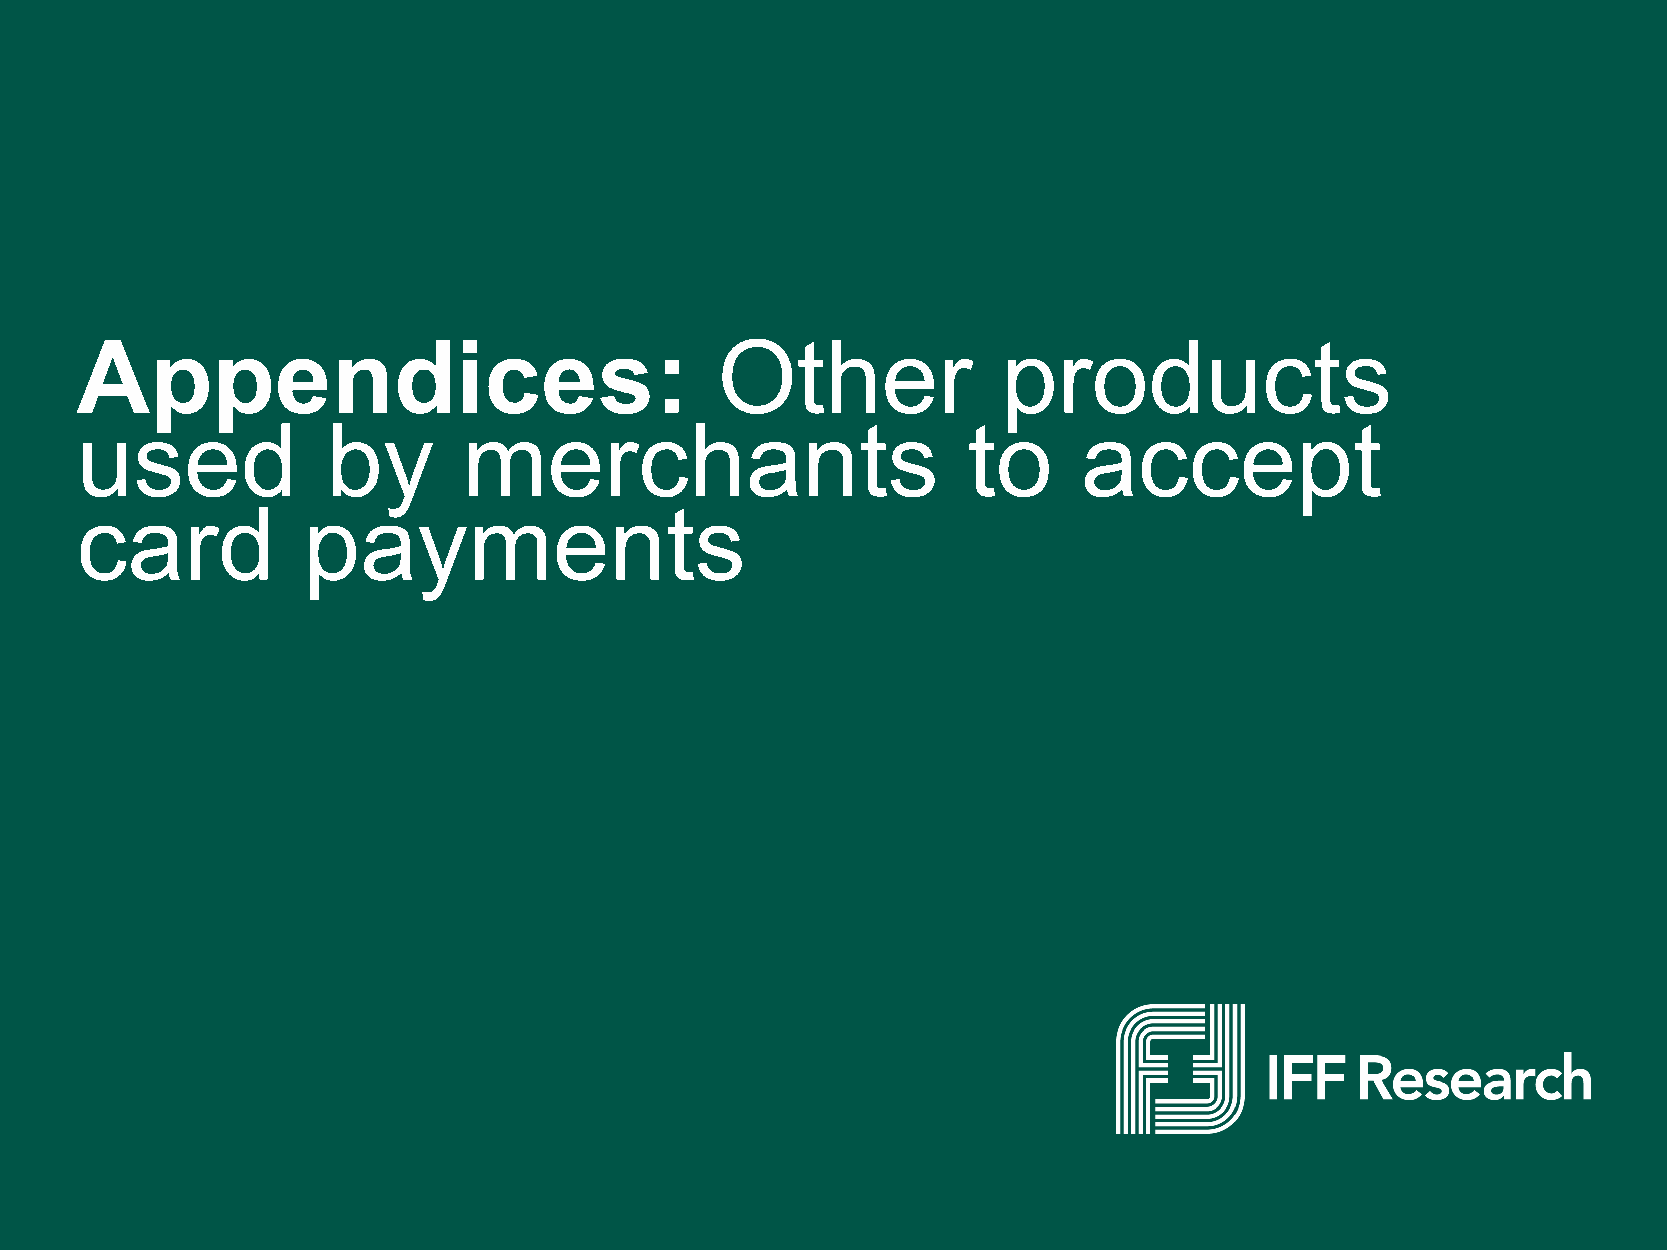
Appendices:                               Other              products
 used             by       merchants                        to      accept
 card           payments